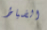
الضباط